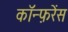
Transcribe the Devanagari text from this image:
काॅन्फ़रेंस